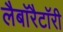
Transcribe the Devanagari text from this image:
लैबाॅरैटाॅरी